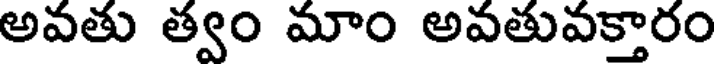
అవతు త్వం మాం అవతువక్తారం